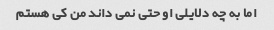
اما به چه دلایلی او حتی نمی داند من کی هستم